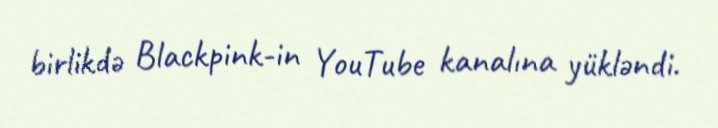
birlikdə Blackpink-in YouTube kanalına yükləndi.